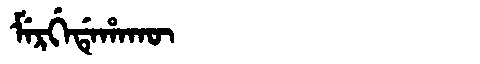
Manchu: ᠮᡝᡵᡤᡝᡩᡝᡥᠠᡴᡡ
Romanization: MERGEDEHAKŪ